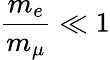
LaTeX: \frac{m_{e}}{m_{\mu}}\ll 1